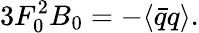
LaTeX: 3F_{0}^{2}B_{0}=-\langle\bar{q}q\rangle.